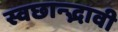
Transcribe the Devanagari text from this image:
स्वछान्द्भावी